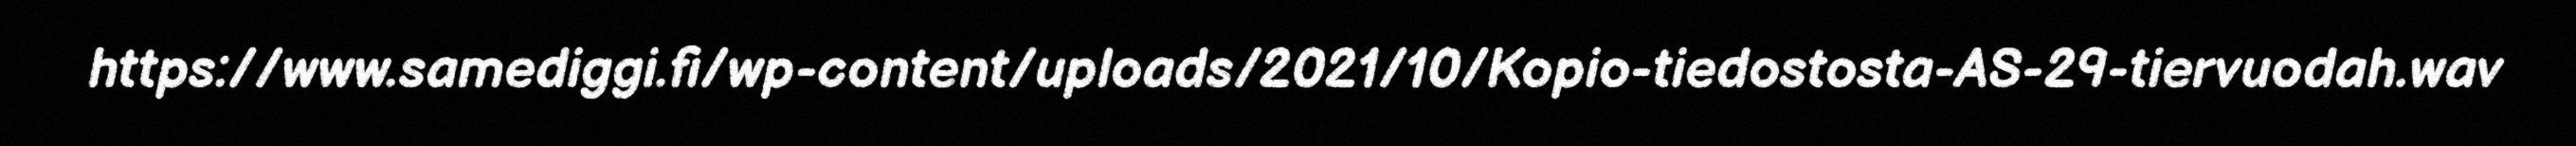
https://www.samediggi.fi/wp-content/uploads/2021/10/Kopio-tiedostosta-AS-29-tiervuodah.wav